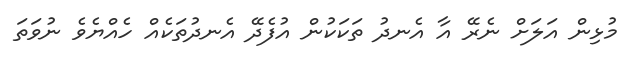
މުޅިން އަލަށް ނެރޭ އާ އެނދު ތަކަކުން އުފެދޭ އެނދުތަކެއް ހެއްޔެވެ ނުވަތަ